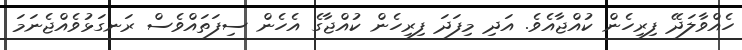
ހެއްވާލަދޭ ފިރިހެން ކުއްޖާއެވެ. އަދި މިފަދަ ފިރިހެން ކުއްޖާގެ އެހެން ސިފަތައްވެސް ރަނގަޅުވެއްޖެނަމަ